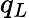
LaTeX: q_{L}